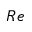
R e